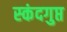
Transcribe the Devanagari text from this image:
स्‍कंदगुप्त